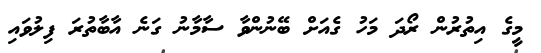
މީގެ އިތުރުން ރޯދަ މަހު ގެއަށް ބޭނުންވާ ސާމާނު ގަނެ އާބާތުރަ ފިލުވައި